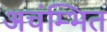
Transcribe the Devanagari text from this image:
अचंम्भित